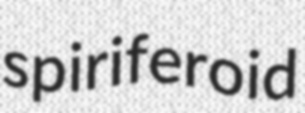
spiriferoid